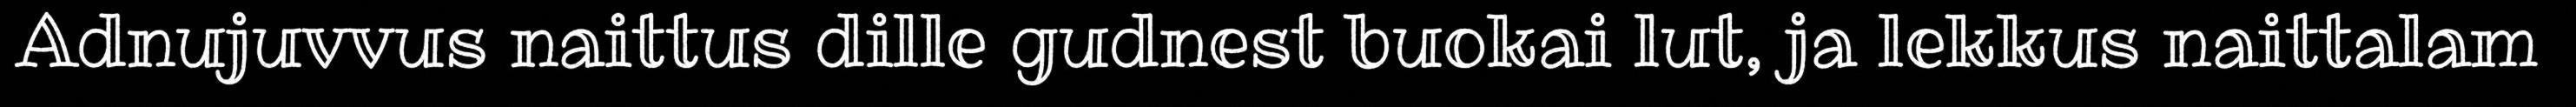
Adnujuvvus naittus dille gudnest buokai lut, ja lekkus naittalam